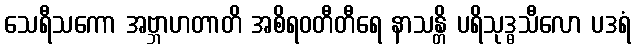
သေရီသကော အဗ္ဘာဟတာတိ အစိရဝတီတီရေ နာသန္တိ ပရိသုဒ္ဓသီလော ပဒရံ